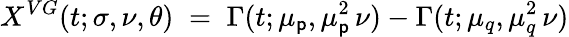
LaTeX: X^{VG}(t;\sigma,\nu,\theta)\; =\; \Gamma(t;\mu_{\mathsf{p}},\mu_{\mathsf{p}}^{2}\, \nu)-\Gamma(t;\mu_{q},\mu_{q}^{2}\, \nu)